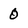
Character: 0